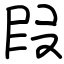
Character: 叚